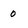
Character: 0